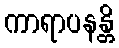
ကာရာပနန္တိ